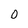
Character: O